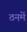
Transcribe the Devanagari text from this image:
ठनमें